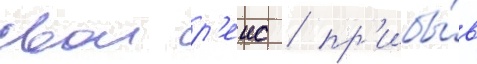
свои р'еис / пр'ибы́в